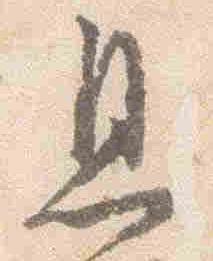
息